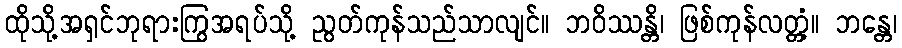
ထိုသို့အရှင်ဘုရားကြွအရပ်သို့ ညွတ်ကုန်သည်သာလျင်။ ဘဝိဿန္တိ၊ ဖြစ်ကုန်လတ္တံ့။ ဘန္တေ၊